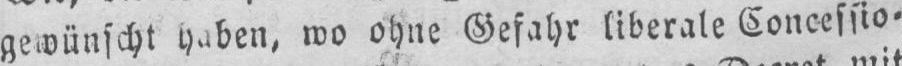
wo ohne Gefahr liberale Concessio⸗